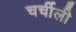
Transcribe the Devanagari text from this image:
चर्चीली